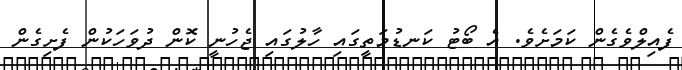
ފެއިލްވެގެން ކަމަށެވެ. އެ ބޯޓު ކަނޑުމަތީގައި ހާލުގައި ޖެހުނީ ކޮން ދުވަހަކުން ފެށިގެން